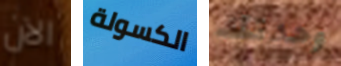
الآن الكسولة وحدتك